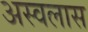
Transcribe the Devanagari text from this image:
अस्वलास